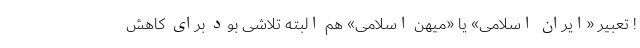
! تعبیر «ایران اسلامی» یا «میهن اسلامی» هم البته تلاشی بود برای کاهش